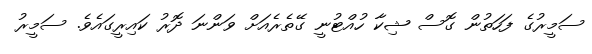
ސަމީރުގެ ފަހަތުން ގޮސް ޝިކާ ހުއްޓުނީ ގޭތެރެއަށް ވަންނަ ދޮރު ކައިރީގައެވެ. ސަމީރު